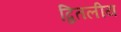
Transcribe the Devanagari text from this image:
द्वितलीय